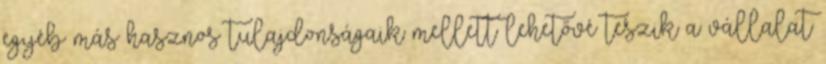
egyéb más hasznos tulajdonságaik mellett lehetővé teszik a vállalat